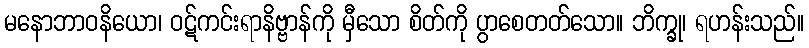
မနောဘာဝနိယော၊ ဝဋ်ကင်းရာနိဗ္ဗာန်ကို မှီသော စိတ်ကို ပွာစေတတ်သော။ ဘိက္ခု၊ ရဟန်းသည်။